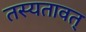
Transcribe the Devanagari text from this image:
तस्यतावत्